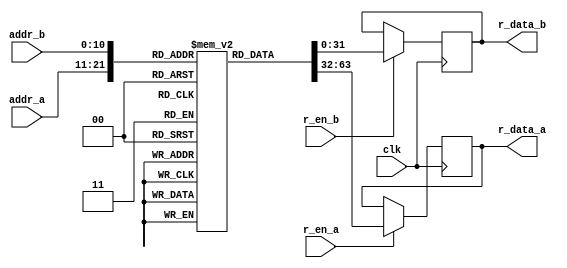
module iob_rom_dp
  #(
    parameter HEXFILE="none",
    parameter DATA_W=32,
    parameter ADDR_W=11
    )
   (
    input                     clk,

    input [(ADDR_W-1):0]      addr_a,
    input                     r_en_a,
    output reg [(DATA_W-1):0] r_data_a,
    
    input [(ADDR_W-1):0]      addr_b,
    input                     r_en_b,
    output reg [(DATA_W-1):0] r_data_b
    );

   //this allows ISE 14.7 to work; do not remove
   localparam mem_init_file_int = HEXFILE;

   
   // Declare the ROM
   reg [DATA_W-1:0] 			       rom[2**ADDR_W-1:0];

   // Initialize the ROM
   initial 
     if(mem_init_file_int != "none")
       $readmemh(mem_init_file_int, rom, 0, 2**ADDR_W - 1);

   always @ (posedge clk) // Port A
     if (r_en_a)
       r_data_a <= rom[addr_a];

   always @ (posedge clk) // Port B
     if (r_en_b)
       r_data_b <= rom[addr_b];

 endmodule